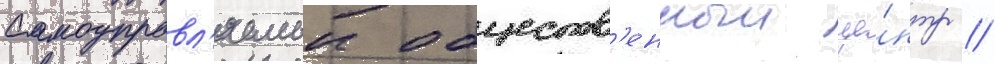
Самоуправл'яемыи обществ'енныи це́нтр //